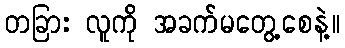
တခြား လူကို အခက်မတွေ့စေနဲ့။